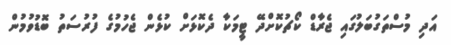
އަދި މުސްތަގުބަލުގައި ޖެރާޑް ކޯޗުކޮށްދޭ ޓީމަކާ ދެކޮޅަށް ކުޅެން ޖެހުމުގެ ފުރުސަތު ބޮޑުވުމުން